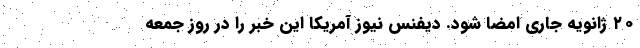
۲۰ ژانویه جاری امضا شود. دیفنس نیوز آمریکا این خبر را در روز جمعه